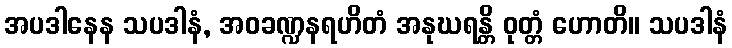
အပဒါနေန သပဒါနံ, အဝခဏ္ဍနရဟိတံ အနုဃရန္တိ ဝုတ္တံ ဟောတိ။ သပဒါနံ